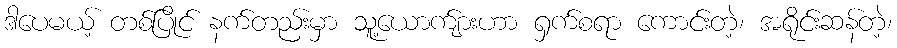
ဒါပေမယ့် တစ်ပြိုင် နက်တည်းမှာ သူ့ယောက်ျားဟာ ရှက်စရာ ကောင်းတဲ့၊ အရိုင်းဆန်တဲ့၊